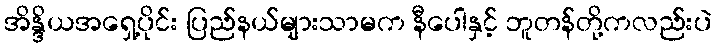
အိန္ဒိယအရှေ့ပိုင်း ပြည်နယ်များသာမက နီပေါနှင့် ဘူတန်တို့ကလည်းပဲ